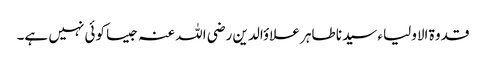
قدوۃ الاولیاء سیدنا طاہر علاؤالدین رضی اللہ عنہ جیسا کوئی نہیں ہے۔